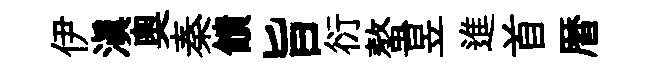
伊滇奥秦饋旨衍螯昱進首暦